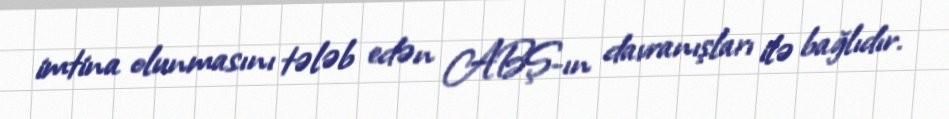
imtina olunmasını tələb edən ABŞ-ın davranışları ilə bağlıdır.